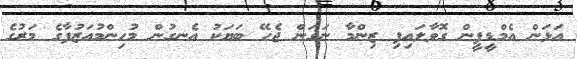
އަޅަން އެމްޑީޕީން ގޮވާލައިފި ޒިންމާ ނަގަން ޖެހޭ ބަޔަކު އެނގުން މުހިންމުއަޒުފާގެ މަރުގެ